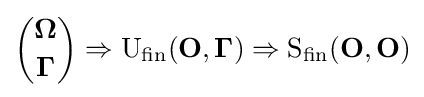
{\binom {\mathbf {\Omega } }{\mathbf {\Gamma } }}\Rightarrow {\text{U}}_{\text{fin}}(\mathbf {O} ,\mathbf {\Gamma } )\Rightarrow {\text{S}}_{\text{fin}}(\mathbf {O} ,\mathbf {O} )